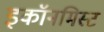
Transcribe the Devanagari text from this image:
इकॉनमिस्ट